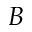
B